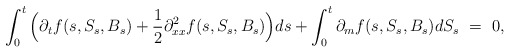
\begin{align*}\int_0^t \Big(\partial_t f(s,S_s,B_s) + \frac{1}{2}\partial_{xx}^2 f(s,S_s,B_s)\Big) ds + \int_0^t \partial_m f(s,S_s,B_s) dS_s \ = \ 0,\end{align*}